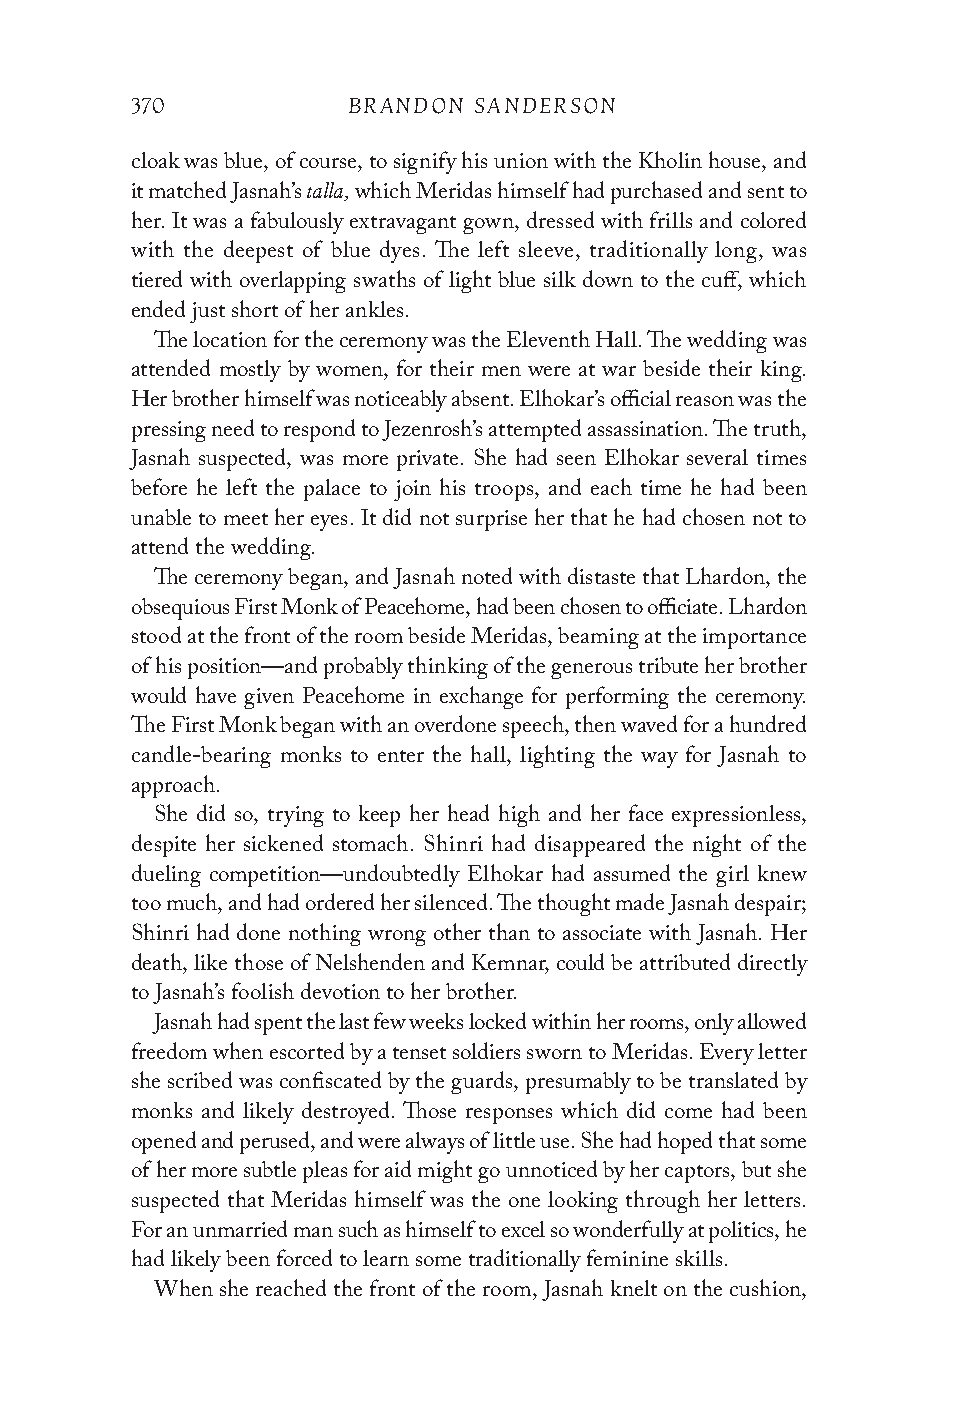
370           BRANDON SANDERSON
 cloak was blue, of course, to signify his union with the Kholin house, and
 talla,
 it matched Jasnah’s which Meridas himself had purchased and sent to
 her. It was a fabulously extravagant gown, dressed with frills and colored
 with the deepest of blue dyes. The left sleeve, traditionally long, was
 tiered with overlapping swaths of light blue silk down to the cuff, which
 ended just short of her ankles.
 The location for the ceremony was the Eleventh Hall. The wedding was
 attended mostly by women, for their men were at war beside their king.
 Her brother himself was noticeably absent. Elhokar’s official reason was the
 pressing need to respond to Jezenrosh’s attempted assassination. The truth,
 Jasnah suspected, was more private. She had seen Elhokar several times
 before he left the palace to join his troops, and each time he had been
 unable to meet her eyes. It did not surprise her that he had chosen not to
 attend the wedding.
 The ceremony began, and Jasnah noted with distaste that Lhardon, the
 obsequious First Monk of Peacehome, had been chosen to officiate. Lhardon
 stood at the front of the room beside Meridas, beaming at the importance
 of his position—and probably thinking of the generous tribute her brother
 would have given Peacehome in exchange for performing the ceremony.
 The First Monk began with an overdone speech, then waved for a hundred
 candle-bearing monks to enter the hall, lighting the way for Jasnah to
 approach.
 She did so, trying to keep her head high and her face expressionless,
 despite her sickened stomach. Shinri had disappeared the night of the
 dueling competition—undoubtedly Elhokar had assumed the girl knew
 too much, and had ordered her silenced. The thought made Jasnah despair;
 Shinri had done nothing wrong other than to associate with Jasnah. Her
 death, like those of Nelshenden and Kemnar, could be attributed directly
 to Jasnah’s foolish devotion to her brother.
 Jasnah had spent the last few weeks locked within her rooms, only allowed
 freedom when escorted by a tenset soldiers sworn to Meridas. Every letter
 she scribed was confiscated by the guards, presumably to be translated by
 monks and likely destroyed. Those responses which did come had been
 opened and perused, and were always of little use. She had hoped that some
 of her more subtle pleas for aid might go unnoticed by her captors, but she
 suspected that Meridas himself was the one looking through her letters.
 For an unmarried man such as himself to excel so wonderfully at politics, he
 had likely been forced to learn some traditionally feminine skills.
 When she reached the front of the room, Jasnah knelt on the cushion,